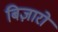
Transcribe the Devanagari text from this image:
बिज़ारो